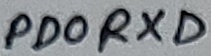
Text: PD0RXD